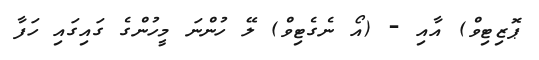
ޕޮޒިޓިވް) އާއި - (އޯ ނެގެޓިވް) ލޭ ހުންނަ މީހުންގެ ގައިގައި ހަފާ